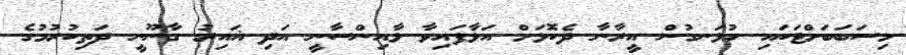
މިސަބަބަށްޓަކައި ހުޅަނގުން އީރާނާ ދެކޮޅަށް އަޅާފައިވާ ލާއިންސާނީ އަދި ޣައިރު ގާނޫނީ ދަތިކުރުމުގެ